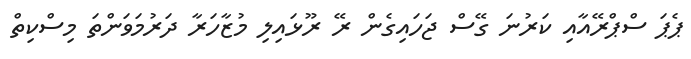
ޕެޕަ ސްޕްރޭއާއި ކަރުނަ ގޭސް ޖަހައިގެން ރޭ ރޫޅައިލި މުޒާހަރާ ދަރުމަވަންތަ މިސްކިތް